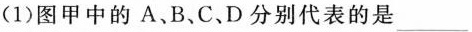
(1)图甲中的A、B、C.D分别代表的是___